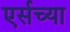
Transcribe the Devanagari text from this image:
एर्सच्या